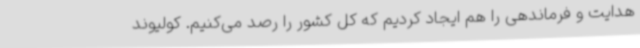
هدایت و فرماندهی را هم ایجاد کردیم که کل کشور را رصد می‌کنیم. کولیوند